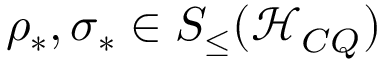
\rho _ { \ast } , \sigma _ { \ast } \in S _ { \leq } ( \mathcal { H } _ { C Q } )